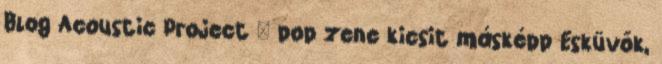
Blog Acoustic Project – pop zene kicsit másképp Esküvők,